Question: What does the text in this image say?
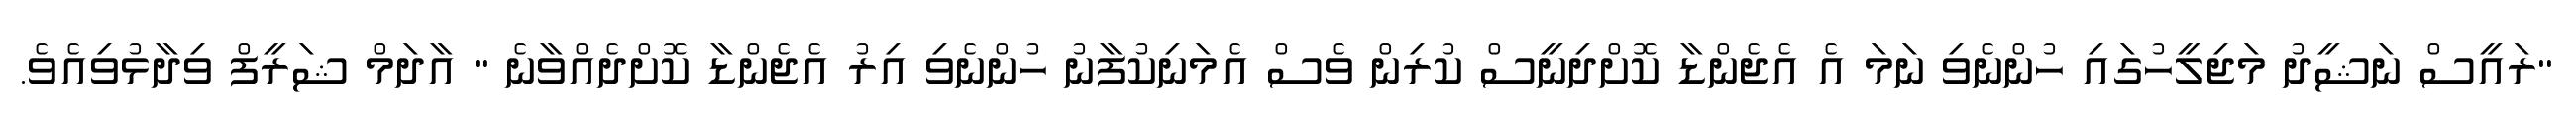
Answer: "ރައީސް ނަޝީދު މަޖިލީހުގައި ހުންނެވި ނަމަ އެ އެޖެންޑާ ކޮށްދިނީސް ކުރިން ވެސް އެމަނިކުފާނު ހުންނެވި އިރު އެޖެންޑާ ކޮށްދެއްވާނެ " އާދަމް ޝަރީފް ވިދާޅުވިއެވެ.